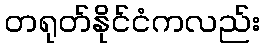
တရုတ်နိုင်ငံကလည်း